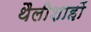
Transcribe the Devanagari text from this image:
थैलीशाहों